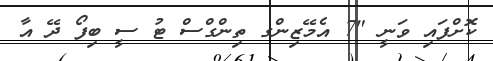
ކޮށްފައި ވަނީ "7 އެމޭޒިންގ ތިންގްސް ޓު ސީ ބިފޯ ދޭ އާ